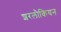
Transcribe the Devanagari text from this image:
शरलौकियन